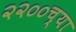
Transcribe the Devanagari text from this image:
२२००च्या